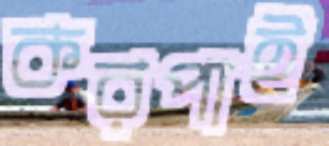
করপাই